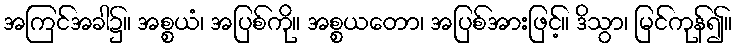
အကြင်အခါ၌။ အစ္စယံ၊ အပြစ်ကို။ အစ္စယတော၊ အပြစ်အားဖြင့်။ ဒိသွာ၊ မြင်ကုန်၍။